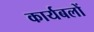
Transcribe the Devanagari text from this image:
कार्यबलों